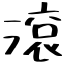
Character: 滾